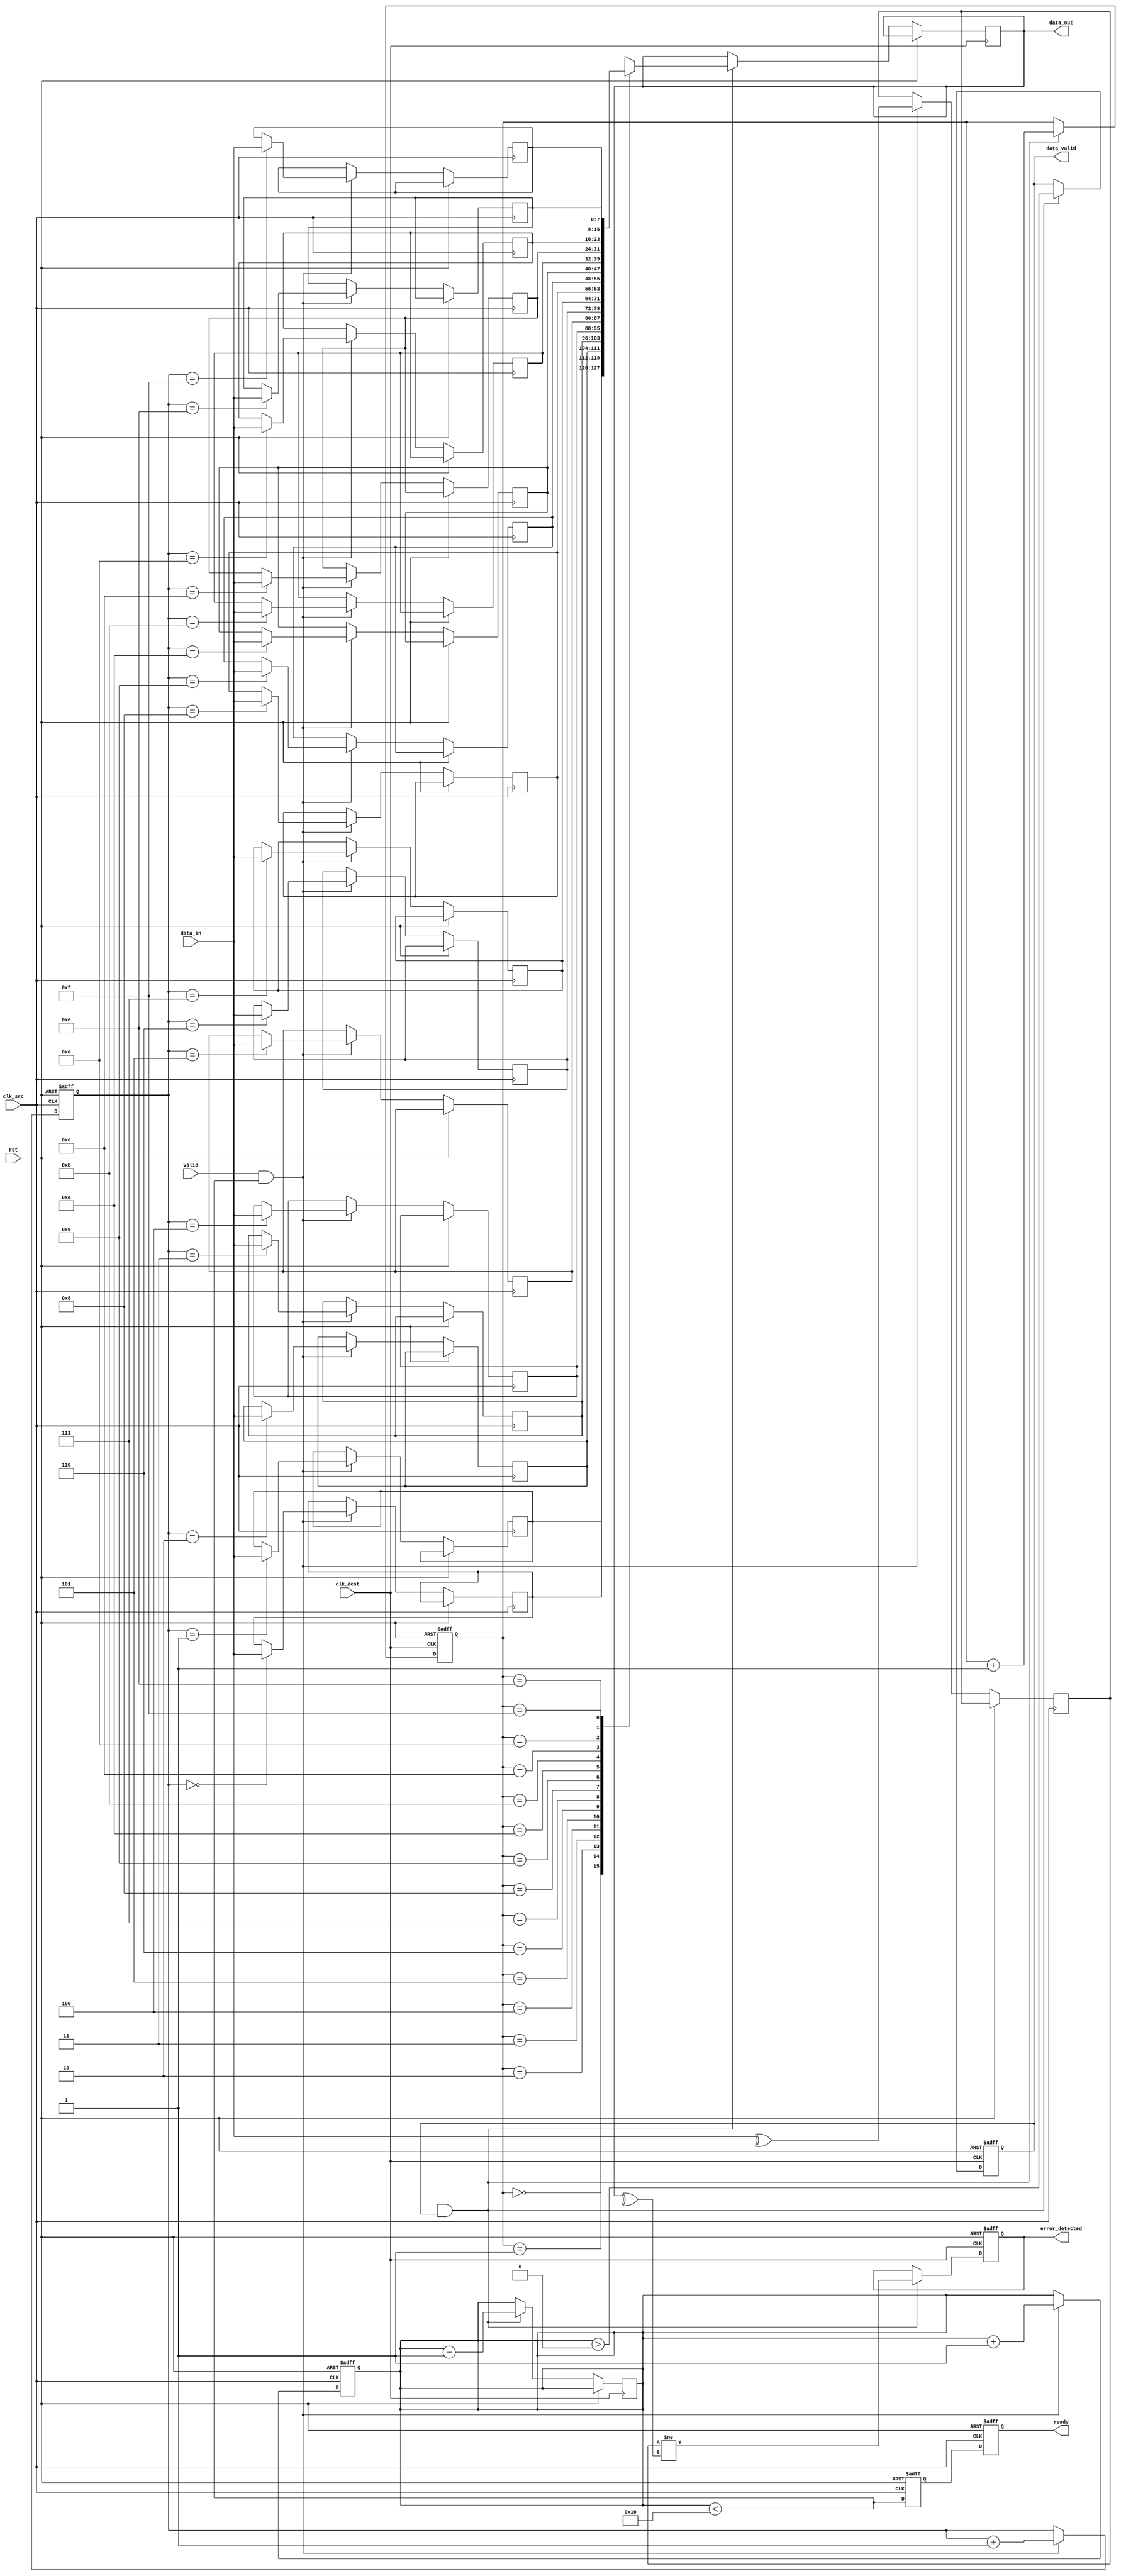
module cdc_memory_block #(
    parameter DATA_WIDTH = 8,
    parameter FIFO_DEPTH = 16
)(
    input wire clk_src,           // Source clock
    input wire clk_dest,          // Destination clock
    input wire rst,               // Reset signal
    input wire [DATA_WIDTH-1:0] data_in, // Data input from source domain
    input wire valid,             // Data valid signal from source domain
    output wire ready,            // Ready signal from destination domain
    output reg [DATA_WIDTH-1:0] data_out, // Data output to destination domain
    output reg data_valid,        // Indicates valid data in destination
    output reg error_detected     // Indicates error in data transfer
);

// FIFO buffer definition
reg [DATA_WIDTH-1:0] fifo_buffer [0:FIFO_DEPTH-1]; 
reg [3:0] write_ptr, read_ptr;
reg [4:0] fifo_count; // To keep track of the FIFO count
reg parity_bit;       // Parity bit for error detection

// Handshake signals
wire valid_sync;
wire ready_sync;

// Synchronizer for valid and ready signals
reg valid_sync_ff1, valid_sync_ff2;
reg ready_sync_ff1, ready_sync_ff2;

always @(posedge clk_src or posedge rst) begin
    if (rst) begin
        write_ptr <= 4'b0;
        fifo_count <= 5'b0;
    end else if (valid && (fifo_count < FIFO_DEPTH)) begin
        fifo_buffer[write_ptr] <= data_in;
        parity_bit <= ^data_in; // Calculate parity bit
        write_ptr <= write_ptr + 1'b1;
        fifo_count <= fifo_count + 1'b1;
    end
end

always @(posedge clk_dest or posedge rst) begin
    if (rst) begin
        read_ptr <= 4'b0;
        data_valid <= 1'b0;
        error_detected <= 1'b0;
    end else if (ready_sync && data_valid) begin
        data_out <= fifo_buffer[read_ptr];
        error_detected <= (parity_bit != ^data_out); // Check parity error
        read_ptr <= read_ptr + 1'b1;
        fifo_count <= fifo_count - 1'b1;
        data_valid <= (fifo_count > 0);
    end
end

// Synchronizing valid signal from source domain
always @(posedge clk_dest or posedge rst) begin
    if (rst) begin
        valid_sync_ff1 <= 1'b0;
        valid_sync_ff2 <= 1'b0;
    end else begin
        valid_sync_ff1 <= valid;
        valid_sync_ff2 <= valid_sync_ff1;
    end
end

// Synchronizing ready signal for the source domain
always @(posedge clk_src or posedge rst) begin
    if (rst) begin
        ready_sync_ff1 <= 1'b1; // Initially ready
        ready_sync_ff2 <= 1'b1;
    end else begin
        ready_sync_ff1 <= (fifo_count < FIFO_DEPTH); // Only ready if fifo not full
        ready_sync_ff2 <= ready_sync_ff1;
    end
end

assign valid_sync = valid_sync_ff2; // Final synchronized valid
assign ready = ready_sync_ff2;       // Final synchronized ready

endmodule